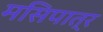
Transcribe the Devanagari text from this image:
मसिपात्र